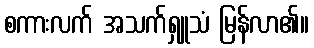
စကားလက် အသက်ရှူသံ မြန်လာ၏။